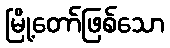
မြို့တော်ဖြစ်သော